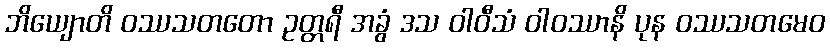
ဘိယျောတိ ဝဿသတတော ဥတ္တရီ အခွံ ဒသ ဝါဝီသံ ဝါဝဿာနိ ပုန ဝဿသတမေဝ